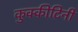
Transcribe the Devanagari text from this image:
कुक्कीटिनी